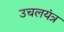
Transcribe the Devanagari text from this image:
उचलयंत्र